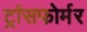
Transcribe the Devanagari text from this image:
ट्रांसफोर्मर